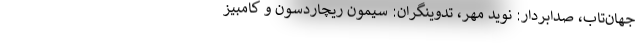
جهان‌تاب، صدابردار: نوید مهر، تدوینگران: سیمون ریچاردسون و کامبیز